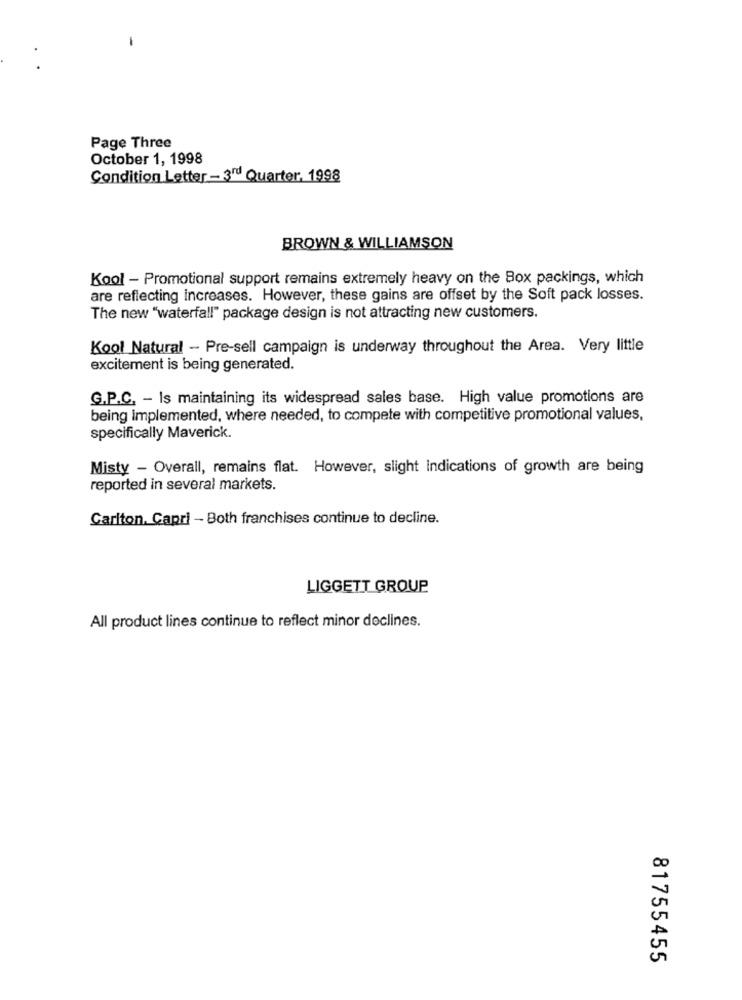
Page Three
October 1, 1998
Condition Letter - 3rd Quarter. 1998
BROWN & WILLIAMSON
Kool - Promotional support remains extremely heavy on the Box packings, which
are reflecting increases. However, these gains are offset by the Soft pack losses.
The new "waterfall" package design is not attracting new customers.
Kool Natural - Pre-sell campaign is underway throughout the Area. Very little
excitement is being generated.
G.P.C. - Is maintaining its widespread sales base. High value promotions are
being implemented, where needed, to compete with competitive promotional values,
specifically Maverick.
Misty - Overall, remains flat. However, slight Indications of growth are being
reported in several markets.
Carlton. Capri - Both franchises continue to decline.
LIGGETT GROUP
All product lines continue to reflect minor declines.
81755455